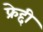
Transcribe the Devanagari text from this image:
फ्रेद्दी